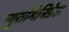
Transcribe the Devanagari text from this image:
न्युरामिनिडेस